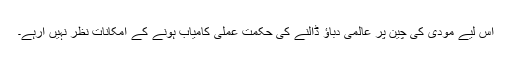
اس لیے مودی کی چین پر عالمی دباؤ ڈالنے کی حکمت عملی کامیاب ہونے کے امکانات نظر نہیں آرہے۔